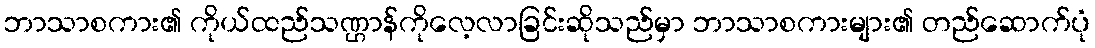
ဘာသာစကား၏ ကိုယ်ထည်သဏ္ဌာန်ကိုလေ့လာခြင်းဆိုသည်မှာ ဘာသာစကားများ၏ တည်ဆောက်ပုံ